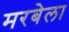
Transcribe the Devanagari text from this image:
मरबेला